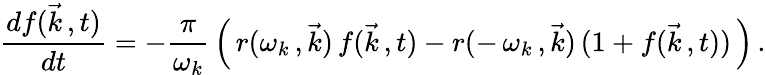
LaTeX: \frac{df(\vec{k}\, ,t)}{dt}=-\frac{\pi}{\omega_{k}}\, \left(\, r(\omega_{k}\, ,\vec{k})\, f(\vec{k}\, ,t)-r(-\, \omega_{k}\, ,\vec{k})\, (1+f(\vec{k}\, ,t))\, \right)\, .